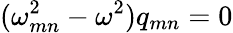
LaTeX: (\omega_{mn}^{2}-\omega^{2})q_{mn}=0